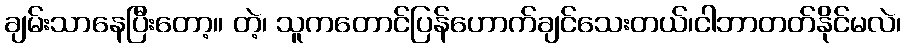
ချမ်းသာနေပြီးတော့။ တဲ့၊ သူကတောင်ပြန်ဟောက်ချင်သေးတယ်၊ငါဘာတတ်နိုင်မလဲ၊